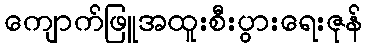
ကျောက်ဖြူအထူးစီးပွားရေးဇုန်